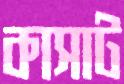
কাসাট